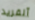
آلفريد